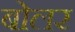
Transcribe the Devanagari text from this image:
बोलर